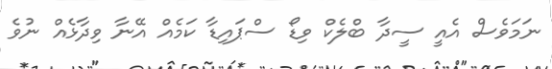
ނަމަވެސް އެއީ ސީދާ ބްލެކް ވިޑޯ ސްޕައިޑާ ކަމެއް އޭނާ ވިދާޅެއް ނުވެ